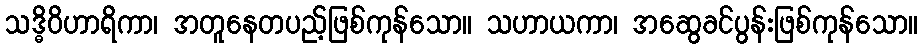
သဒ္ဓိဝိဟာရိကာ၊ အတူနေတပည့်ဖြစ်ကုန်သော။ သဟာယကာ၊ အဆွေခင်ပွန်းဖြစ်ကုန်သော။